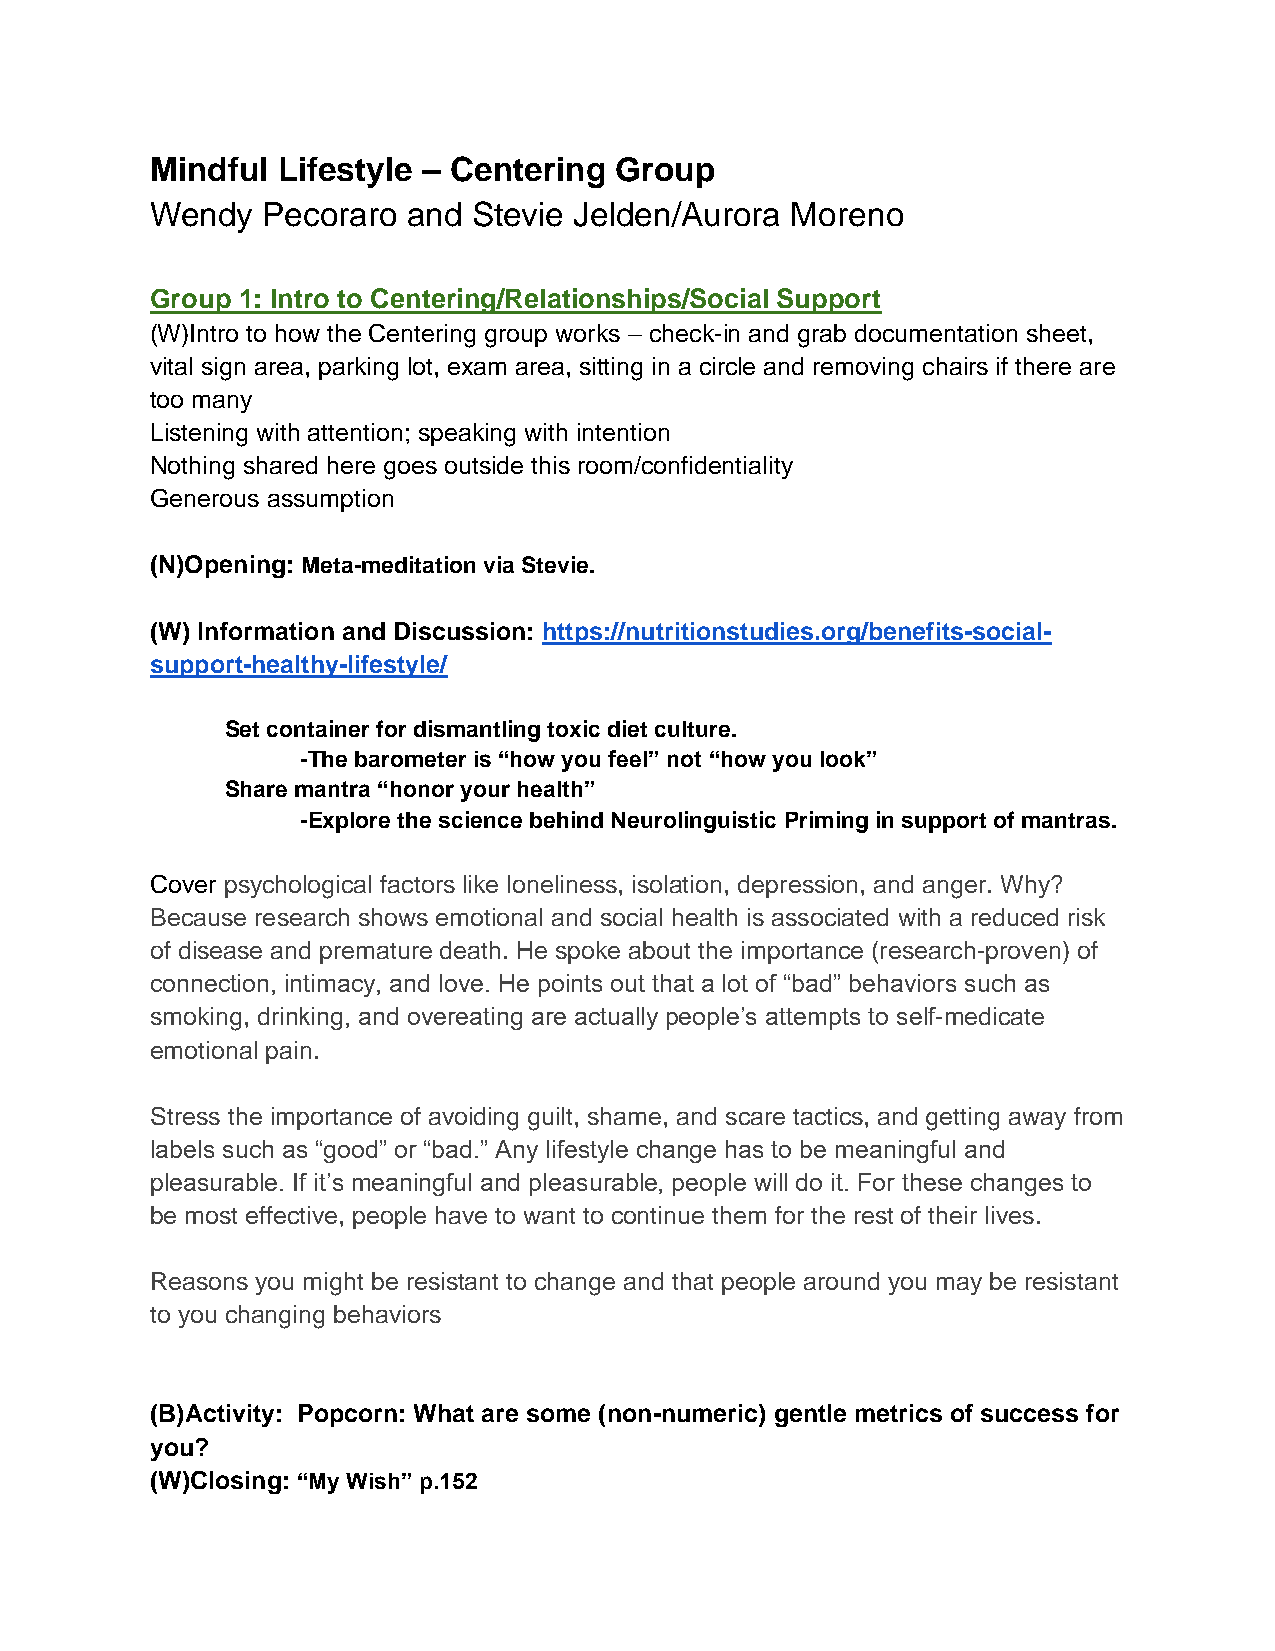
Mindful Lifestyle – Centering  Group
 Wendy  Pecoraro  and Stevie Jelden/Aurora Moreno
 Group 1: Intro to Centering/Relationships/Social Support
 (W)Intro to how the Centering group works – check-in and grab documentation sheet,
 vital sign area, parking lot, exam area, sitting in a circle and removing chairs if there are
 too many
 Listening with attention; speaking with intention
 Nothing shared here goes outside this room/confidentiality
 Generous assumption
 (N)Opening: Meta-meditation via Stevie.
 (W) Information and Discussion: https://nutritionstudies.org/benefits-social-
 support-healthy-lifestyle/
 Set container for dismantling toxic diet culture.
 -The barometer is “how you feel” not “how you look”
 Share mantra “honor your health”
 -Explore the science behind Neurolinguistic Priming in support of mantras.
 Cover psychological factors like loneliness, isolation, depression, and anger. Why?
 Because research shows emotional and social health is associated with a reduced risk
 of disease and premature death. He spoke about the importance (research-proven) of
 connection, intimacy, and love. He points out that a lot of “bad” behaviors such as
 smoking, drinking, and overeating are actually people’s attempts to self-medicate
 emotional pain.
 Stress the importance of avoiding guilt, shame, and scare tactics, and getting away from
 labels such as “good” or “bad.” Any lifestyle change has to be meaningful and
 pleasurable. If it’s meaningful and pleasurable, people will do it. For these changes to
 be most effective, people have to want to continue them for the rest of their lives.
 Reasons you might be resistant to change and that people around you may be resistant
 to you changing behaviors
 (B)Activity: Popcorn: What are some (non-numeric) gentle metrics of success for
 you?
 (W)Closing: “My Wish” p.152